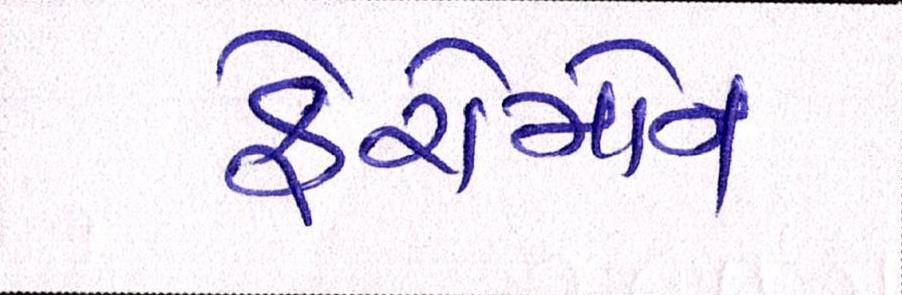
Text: ફેરોમોન